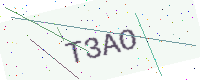
Text: T3AO